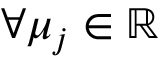
\forall \mu _ { j } \in \mathbb { R }